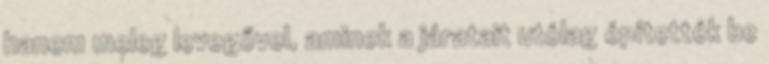
hanem meleg levegővel, aminek a járatait utólag építették be